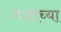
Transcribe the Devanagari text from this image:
गजाच्या